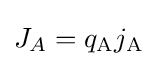
J_{A}=q_{\mathrm {A} }j_{\mathrm {A} }